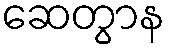
ဆေတွာန